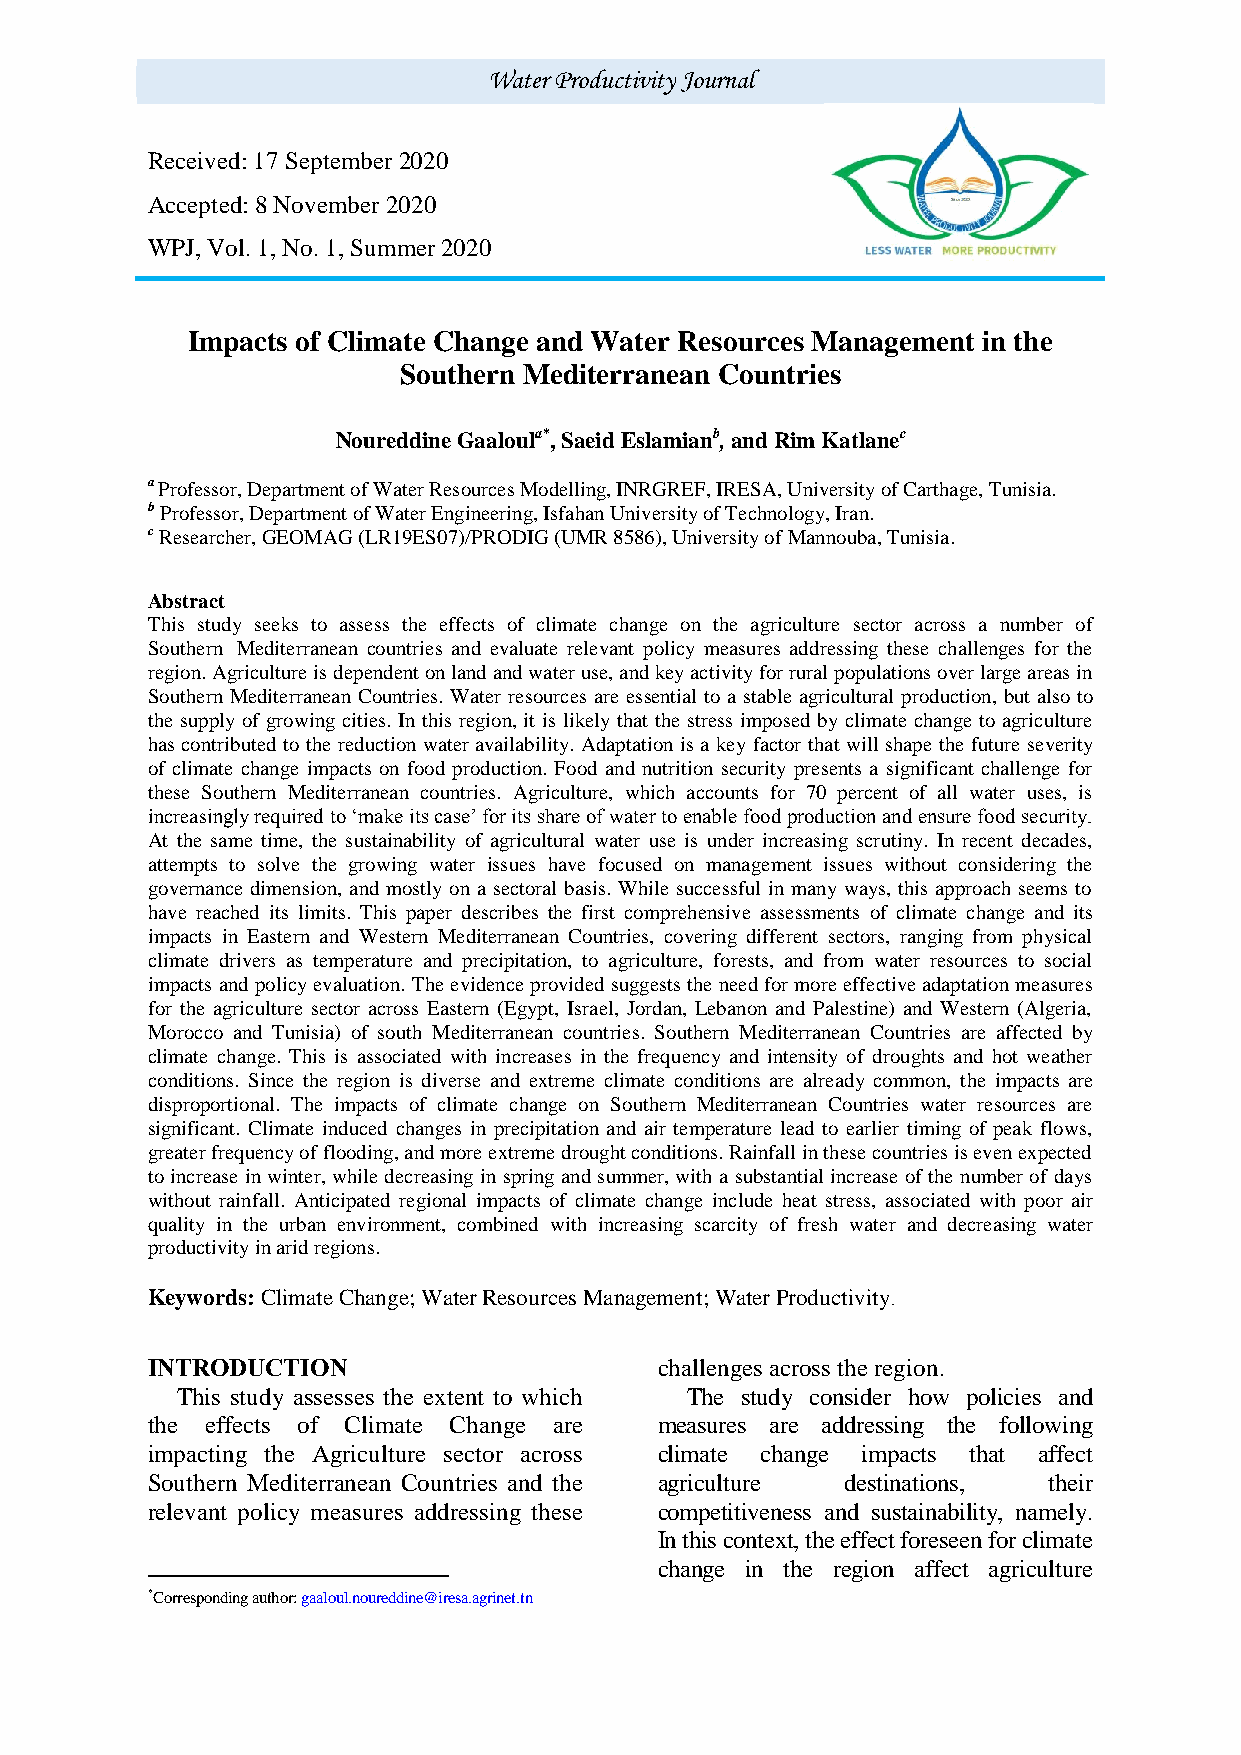
Water Productivity Journal
 Received: 17 September 2020
 Accepted: 8 November 2020
 WPJ, Vol. 1, No. 1, Summer 2020
 Impacts of Climate Change and Water Resources Management in the
 Southern Mediterranean Countries
 Noureddine Gaaloula*, Saeid Eslamianb, and Rim Katlanec
 a Professor, Department of Water Resources Modelling, INRGREF, IRESA, University of Carthage, Tunisia.
 b Professor, Department of Water Engineering, Isfahan University of Technology, Iran.
 c Researcher, GEOMAG (LR19ES07)/PRODIG (UMR 8586), University of Mannouba, Tunisia.
 Abstract
 This study seeks to assess the effects of climate change on the agriculture sector across a number of
 Southern Mediterranean countries and evaluate relevant policy measures addressing these challenges for the
 region. Agriculture is dependent on land and water use, and key activity for rural populations over large areas in
 Southern Mediterranean Countries. Water resources are essential to a stable agricultural production, but also to
 the supply of growing cities. In this region, it is likely that the stress imposed by climate change to agriculture
 has contributed to the reduction water availability. Adaptation is a key factor that will shape the future severity
 of climate change impacts on food production. Food and nutrition security presents a significant challenge for
 these Southern Mediterranean countries. Agriculture, which accounts for 70 percent of all water uses, is
 increasingly required to ‘make its case’ for its share of water to enable food production and ensure food security.
 At the same time, the sustainability of agricultural water use is under increasing scrutiny. In recent decades,
 attempts to solve the growing water issues have focused on management issues without considering the
 governance dimension, and mostly on a sectoral basis. While successful in many ways, this approach seems to
 have reached its limits. This paper describes the first comprehensive assessments of climate change and its
 impacts in Eastern and Western Mediterranean Countries, covering different sectors, ranging from physical
 climate drivers as temperature and precipitation, to agriculture, forests, and from water resources to social
 impacts and policy evaluation. The evidence provided suggests the need for more effective adaptation measures
 for the agriculture sector across Eastern (Egypt, Israel, Jordan, Lebanon and Palestine) and Western (Algeria,
 Morocco and Tunisia) of south Mediterranean countries. Southern Mediterranean Countries are affected by
 climate change. This is associated with increases in the frequency and intensity of droughts and hot weather
 conditions. Since the region is diverse and extreme climate conditions are already common, the impacts are
 disproportional. The impacts of climate change on Southern Mediterranean Countries water resources are
 significant. Climate induced changes in precipitation and air temperature lead to earlier timing of peak flows,
 greater frequency of flooding, and more extreme drought conditions. Rainfall in these countries is even expected
 to increase in winter, while decreasing in spring and summer, with a substantial increase of the number of days
 without rainfall. Anticipated regional impacts of climate change include heat stress, associated with poor air
 quality in the urban environment, combined with increasing scarcity of fresh water and decreasing water
 productivity in arid regions.
 Keywords: Climate Change; Water Resources Management; Water Productivity.
 INTRODUCTION1                     challenges across the region.
 This study assesses the extent to which The study consider how policies and
 the effects of Climate Change are measures are addressing the following
 impacting the Agriculture sector across climate change impacts that affect
 Southern Mediterranean Countries and the agriculture destinations, their
 relevant policy measures addressing these competitiveness and sustainability, namely.
 In this context, the effect foreseen for climate
 change in the region affect agriculture
 *Corresponding author: gaaloul.noureddine@iresa.agrinet.tn